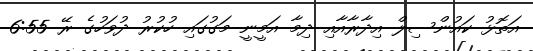
އަތޮޅު ކައުންސިލް އިދާރާއާއި ދިމާ އަމީނީ މަގުގައި ހުކުރު ދުވަހުގެ ރޭ 6:55